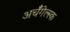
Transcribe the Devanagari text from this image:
अर्चँगेल्स्क